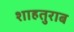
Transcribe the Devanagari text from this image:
शाहतुराब